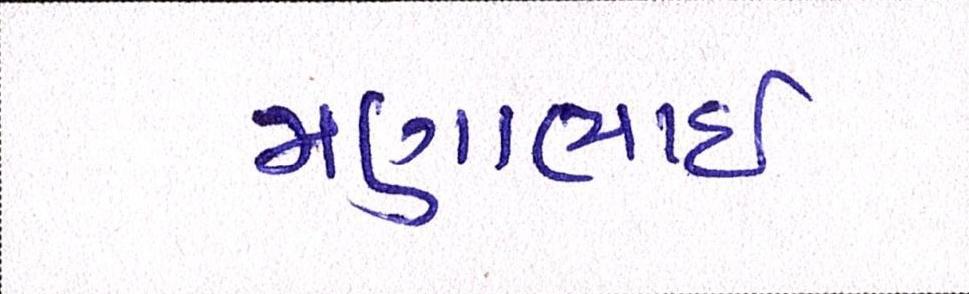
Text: મણાભાઈ